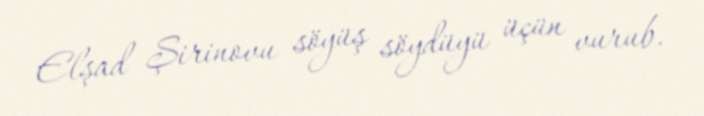
Elşad Şirinovu söyüş söydüyü üçün vurub.